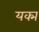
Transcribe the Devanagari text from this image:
यक्म